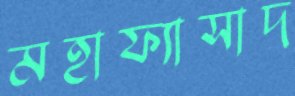
মহাফ্যাসাদ